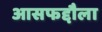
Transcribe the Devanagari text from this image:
आसफद्दौला